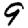
Digit: 9